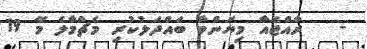
-   ރާއްޖެއާ މިޔަންމާ ބައްދަލުކުރި މެޗްމާލެ މޭ 19